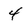
Character: 4